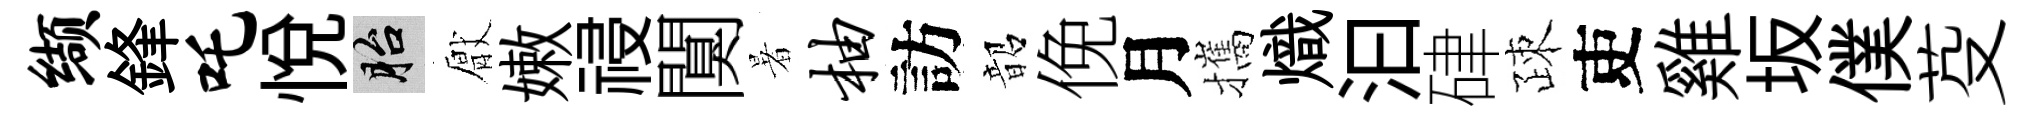
缬鋒吒悦胎厭嫩祲闃暑柚訪韶俛月攜熾汩硉疎吏雞坂僕芟